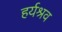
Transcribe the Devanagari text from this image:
हर्यश्रव